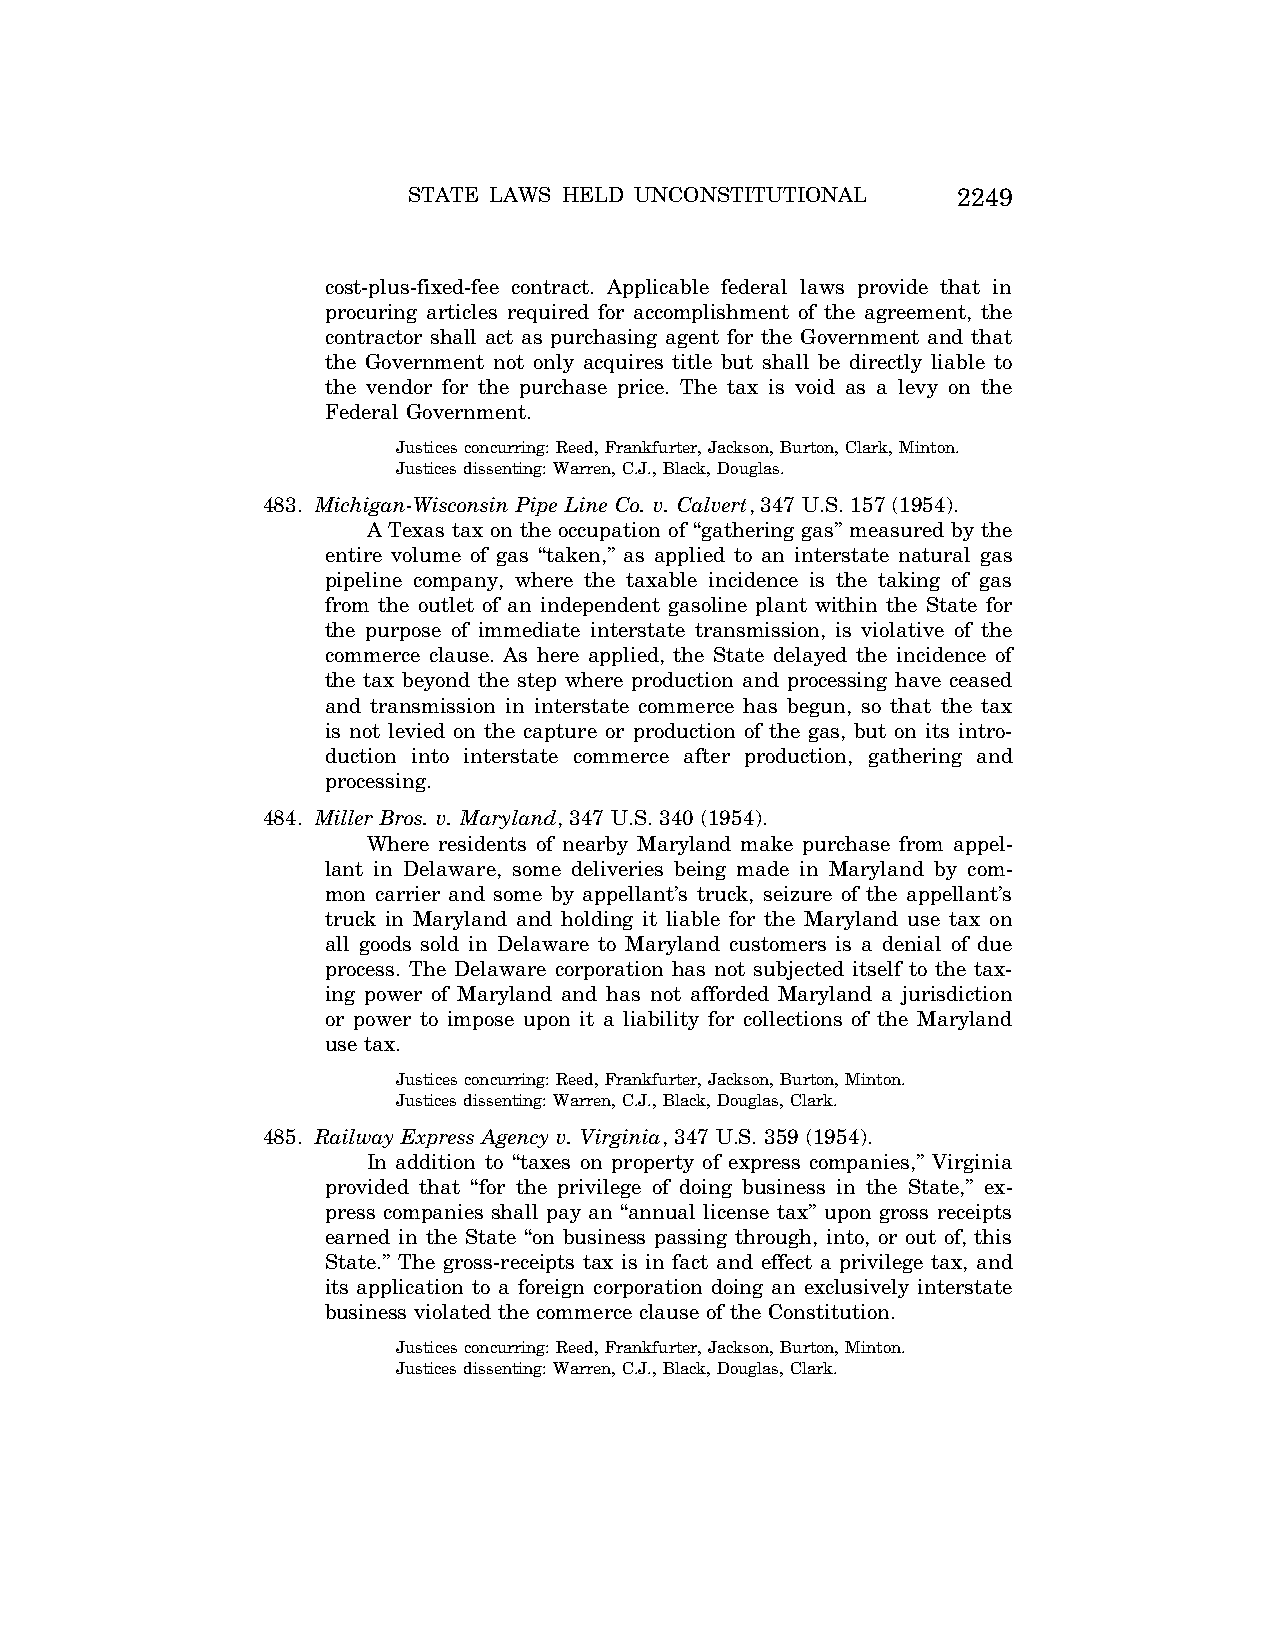
STATE LAWS HELD UNCONSTITUTIONAL    2249
 cost-plus-fixed-fee contract. Applicable federal laws provide that in
 procuring articles required for accomplishment of the agreement, the
 contractor shall act as purchasing agent for the Government and that
 the Government not only acquires title but shall be directly liable to
 the vendor for the purchase price. The tax is void as a levy on the
 Federal Government.
 Justices concurring: Reed, Frankfurter, Jackson, Burton, Clark, Minton.
 Justices dissenting: Warren, C.J., Black, Douglas.
 483. Michigan-Wisconsin Pipe Line Co. v. Calvert, 347 U.S. 157 (1954).
 A Texas tax on the occupation of ‘‘gathering gas’’ measured by the
 entire volume of gas ‘‘taken,’’ as applied to an interstate natural gas
 pipeline company, where the taxable incidence is the taking of gas
 from the outlet of an independent gasoline plant within the State for
 the purpose of immediate interstate transmission, is violative of the
 commerce clause. As here applied, the State delayed the incidence of
 the tax beyond the step where production and processing have ceased
 and transmission in interstate commerce has begun, so that the tax
 is not levied on the capture or production of the gas, but on its intro-
 duction into interstate commerce after production, gathering and
 processing.
 484. Miller Bros. v. Maryland, 347 U.S. 340 (1954).
 Where residents of nearby Maryland make purchase from appel-
 lant in Delaware, some deliveries being made in Maryland by com-
 mon carrier and some by appellant’s truck, seizure of the appellant’s
 truck in Maryland and holding it liable for the Maryland use tax on
 all goods sold in Delaware to Maryland customers is a denial of due
 process. The Delaware corporation has not subjected itself to the tax-
 ing power of Maryland and has not afforded Maryland a jurisdiction
 or power to impose upon it a liability for collections of the Maryland
 use tax.
 Justices concurring: Reed, Frankfurter, Jackson, Burton, Minton.
 Justices dissenting: Warren, C.J., Black, Douglas, Clark.
 485. Railway Express Agency v. Virginia, 347 U.S. 359 (1954).
 In addition to ‘‘taxes on property of express companies,’’ Virginia
 provided that ‘‘for the privilege of doing business in the State,’’ ex-
 press companies shall pay an ‘‘annual license tax’’ upon gross receipts
 earned in the State ‘‘on business passing through, into, or out of, this
 State.’’ The gross-receipts tax is in fact and effect a privilege tax, and
 its application to a foreign corporation doing an exclusively interstate
 business violated the commerce clause of the Constitution.
 Justices concurring: Reed, Frankfurter, Jackson, Burton, Minton.
 Justices dissenting: Warren, C.J., Black, Douglas, Clark.
 VerDate Aug<04>2004 12:57 Aug 23, 2004 Jkt 077500 PO 00000 Frm 00089 Fmt 8222 Sfmt 8222 C:\CONAN\CON064.SGM PRFM99 PsN: CON064